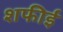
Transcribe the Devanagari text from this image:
शफीई